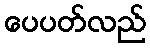
ပေပတ်လည်